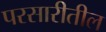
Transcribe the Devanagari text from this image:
परसारीतील